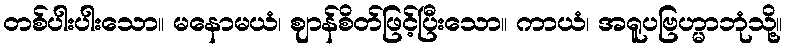
တစ်ပါးပါးသော။ မနောမယံ၊ ဈာန်စိတ်ဖြင့်ပြီးသော။ ကာယံ၊ အရူပဗြဟ္မာဘုံသို့။